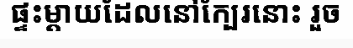
ផ្ទះម្តាយដែលនៅក្បែរនោះ រួច